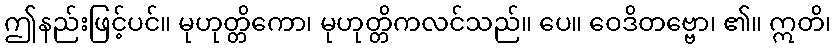
ဤနည်းဖြင့်ပင်။ မုဟုတ္တိကော၊ မုဟုတ္တိကလင်သည်။ ပေ။ ဝေဒိတဗ္ဗော၊ ၏။ ဣတိ၊